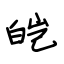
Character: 皑